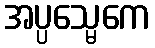
အပ္ပသ္မေကေ